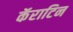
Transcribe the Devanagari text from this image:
कॅराटिन